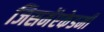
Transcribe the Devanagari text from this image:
जिसमेंएकेडमी